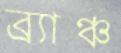
ব্র্যাঞ্চ